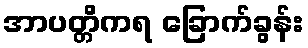
အာပတ္တိကရ ခြောက်ခွန်း